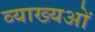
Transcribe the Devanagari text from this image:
व्याख्यओं